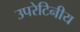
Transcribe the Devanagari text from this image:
उपरेटिनीय